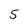
Character: 5